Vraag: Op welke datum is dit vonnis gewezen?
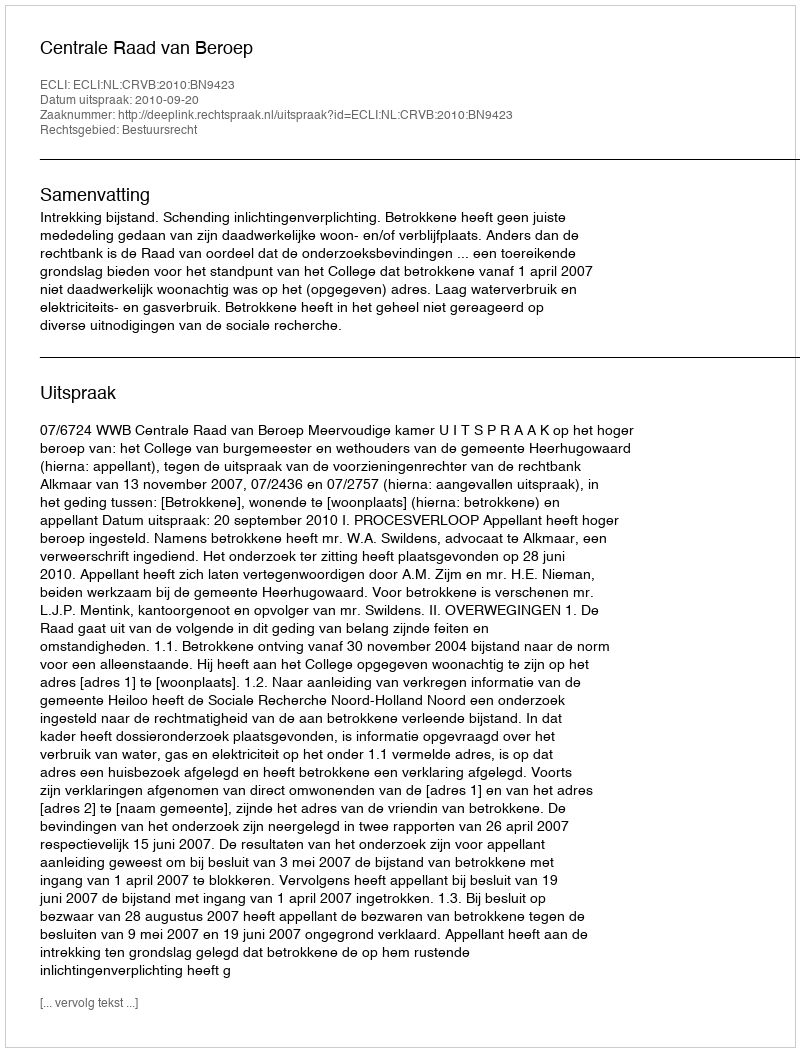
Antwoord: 2010-09-20